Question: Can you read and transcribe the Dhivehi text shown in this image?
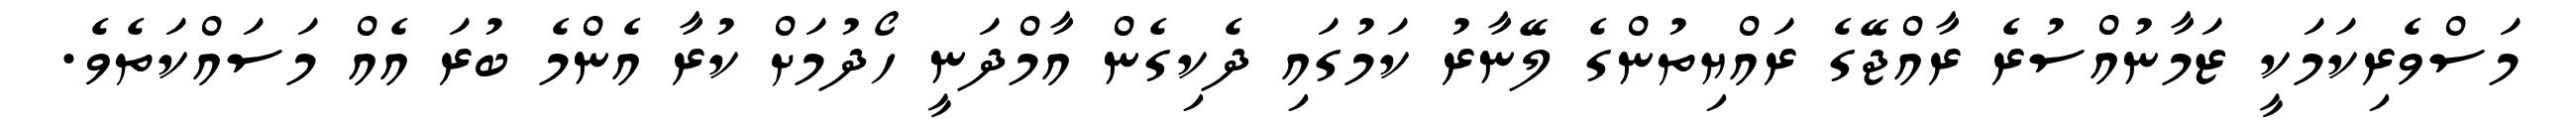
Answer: މަސްވެރިކަމަކީ ޒަމާނުއްސުރެ ރާއްޖޭގެ ރައްޔިތުންގެ ލޭނާރު ކަމުގައި ދެކިގެން އާމްދަނީ ހޯދުމަށް ކުރާ އެންމެ ބުރަ އެއް މަސައްކަތެވެ.